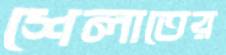
শেলাতের